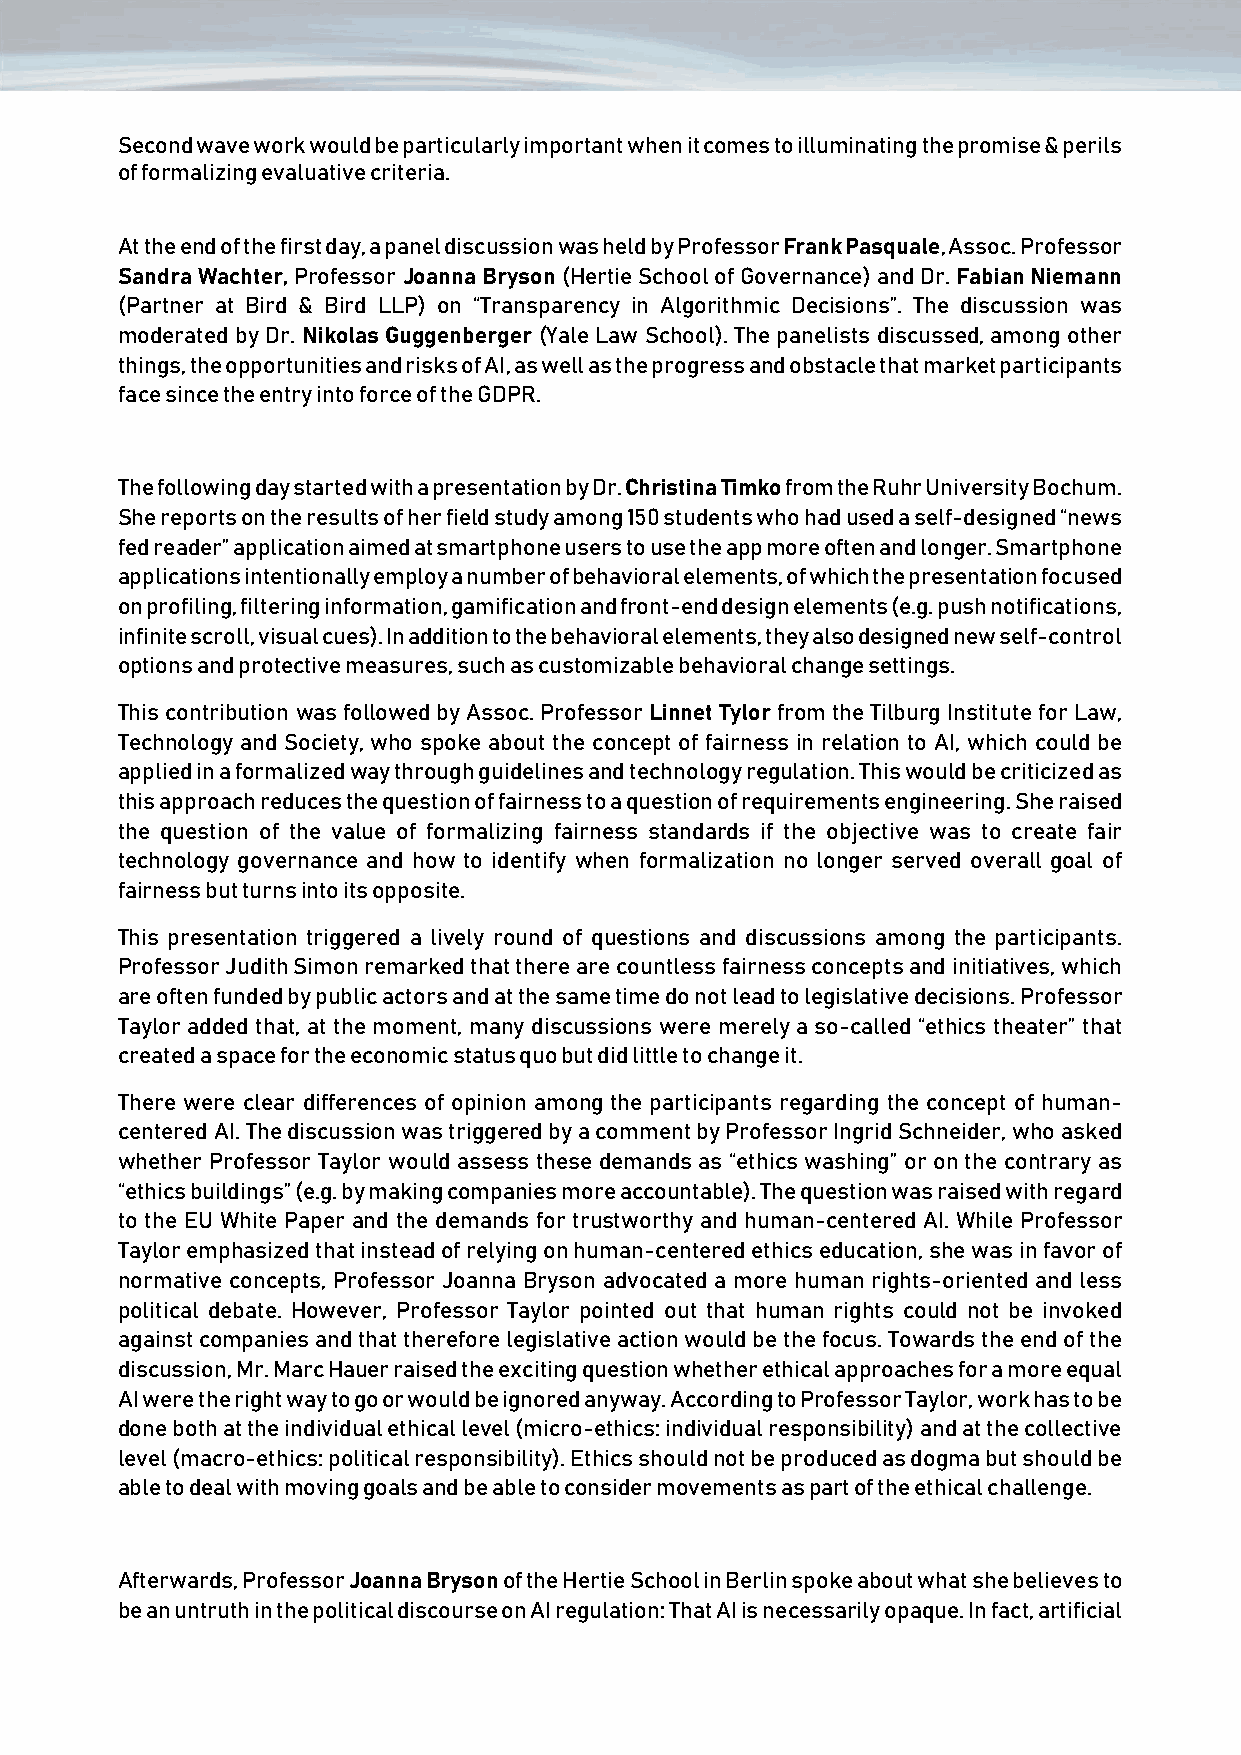
Second wave work would be particularly important when it comes to illuminating the promise & perils
 of formalizing evaluative criteria.
 At the end of the first day, a panel discussion was held by Professor Frank Pasquale, Assoc. Professor
 Sandra Wachter, Professor Joanna Bryson (Hertie School of Governance) and Dr. Fabian Niemann
 (Partner at Bird & Bird LLP) on “Transparency in Algorithmic Decisions”. The discussion was
 moderated by Dr. Nikolas Guggenberger (Yale Law School). The panelists discussed, among other
 things, the opportunities and risks of AI, as well as the progress and obstacle that market participants
 face since the entry into force of the GDPR.
 The following day started with a presentation by Dr. Christina Timko from the Ruhr University Bochum.
 She reports on the results of her field study among 150 students who had used a self-designed “news
 fed reader” application aimed at smartphone users to use the app more often and longer. Smartphone
 applications intentionally employ a number of behavioral elements, of which the presentation focused
 on profiling, filtering information, gamification and front-end design elements (e.g. push notifications,
 infinite scroll, visual cues). In addition to the behavioral elements, they also designed new self-control
 options and protective measures, such as customizable behavioral change settings.
 This contribution was followed by Assoc. Professor Linnet Tylor from the Tilburg Institute for Law,
 Technology and Society, who spoke about the concept of fairness in relation to AI, which could be
 applied in a formalized way through guidelines and technology regulation. This would be criticized as
 this approach reduces the question of fairness to a question of requirements engineering. She raised
 the question of the value of formalizing fairness standards if the objective was to create fair
 technology governance and how to identify when formalization no longer served overall goal of
 fairness but turns into its opposite.
 This presentation triggered a lively round of questions and discussions among the participants.
 Professor Judith Simon remarked that there are countless fairness concepts and initiatives, which
 are often funded by public actors and at the same time do not lead to legislative decisions. Professor
 Taylor added that, at the moment, many discussions were merely a so-called “ethics theater” that
 created a space for the economic status quo but did little to change it.
 There were clear differences of opinion among the participants regarding the concept of human-
 centered AI. The discussion was triggered by a comment by Professor Ingrid Schneider, who asked
 whether Professor Taylor would assess these demands as “ethics washing” or on the contrary as
 “ethics buildings” (e.g. by making companies more accountable). The question was raised with regard
 to the EU White Paper and the demands for trustworthy and human-centered AI. While Professor
 Taylor emphasized that instead of relying on human-centered ethics education, she was in favor of
 normative concepts, Professor Joanna Bryson advocated a more human rights-oriented and less
 political debate. However, Professor Taylor pointed out that human rights could not be invoked
 against companies and that therefore legislative action would be the focus. Towards the end of the
 discussion, Mr. Marc Hauer raised the exciting question whether ethical approaches for a more equal
 AI were the right way to go or would be ignored anyway. According to Professor Taylor, work has to be
 done both at the individual ethical level (micro-ethics: individual responsibility) and at the collective
 level (macro-ethics: political responsibility). Ethics should not be produced as dogma but should be
 able to deal with moving goals and be able to consider movements as part of the ethical challenge.
 Afterwards, Professor Joanna Bryson of the Hertie School in Berlin spoke about what she believes to
 be an untruth in the political discourse on AI regulation: That AI is necessarily opaque. In fact, artificial